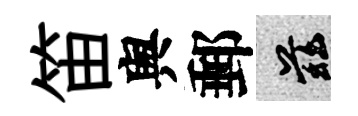
笛舆郵兹